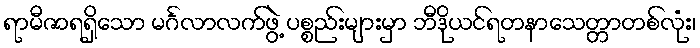
ရာမီဇာရရှိသော မင်္ဂလာလက်ဖွဲ့ ပစ္စည်းများမှာ ဘီဒိုယင်ရတနာသေတ္တာတစ်လုံး၊